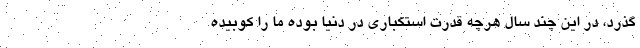
‌گذرد، در این چند سال هرچه قدرت استکباری در دنیا بوده ما را کوبیده